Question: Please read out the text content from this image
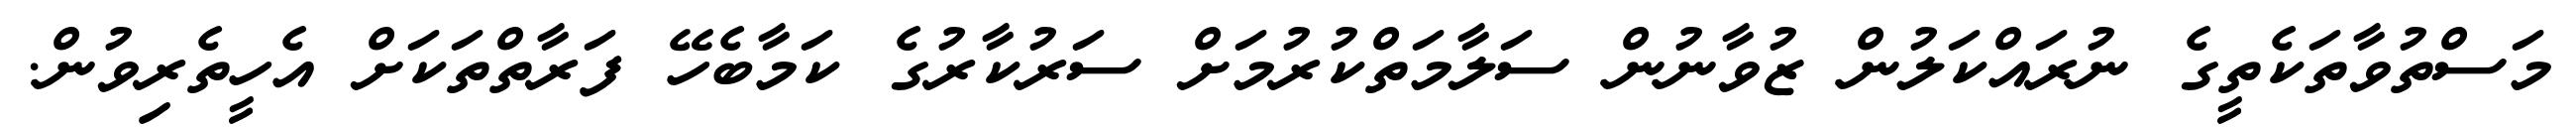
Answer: މަސްތުވާތަކެތީގެ ނުރައްކަލުން ޒުވާނުން ސަލާމަތްކުރުމަށް ސަރުކާރުގެ ކަމާބެހޭ ފަރާތްތަކަށް އެހީތެރިވުން.